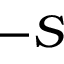
- S